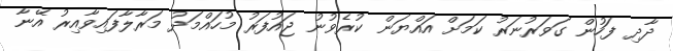
ދާދި ފަހުން ގަވަރުނަރު ކަމަށް އައްޔަން ކުރެވުނު ޖައުފަރު މުހައްމަދު މަރާލާފައިވާއިރު އޭނާ